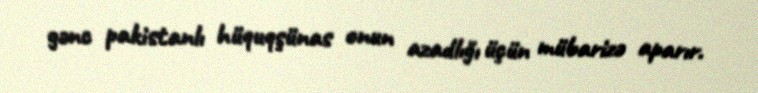
gənc pakistanlı hüquqşünas onun azadlığı üçün mübarizə aparır.